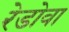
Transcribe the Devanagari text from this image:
रेडोवा